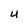
Character: U